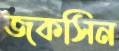
জকসিন